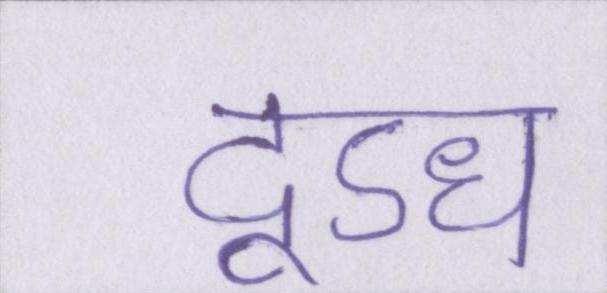
दूऽध